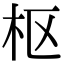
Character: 枢